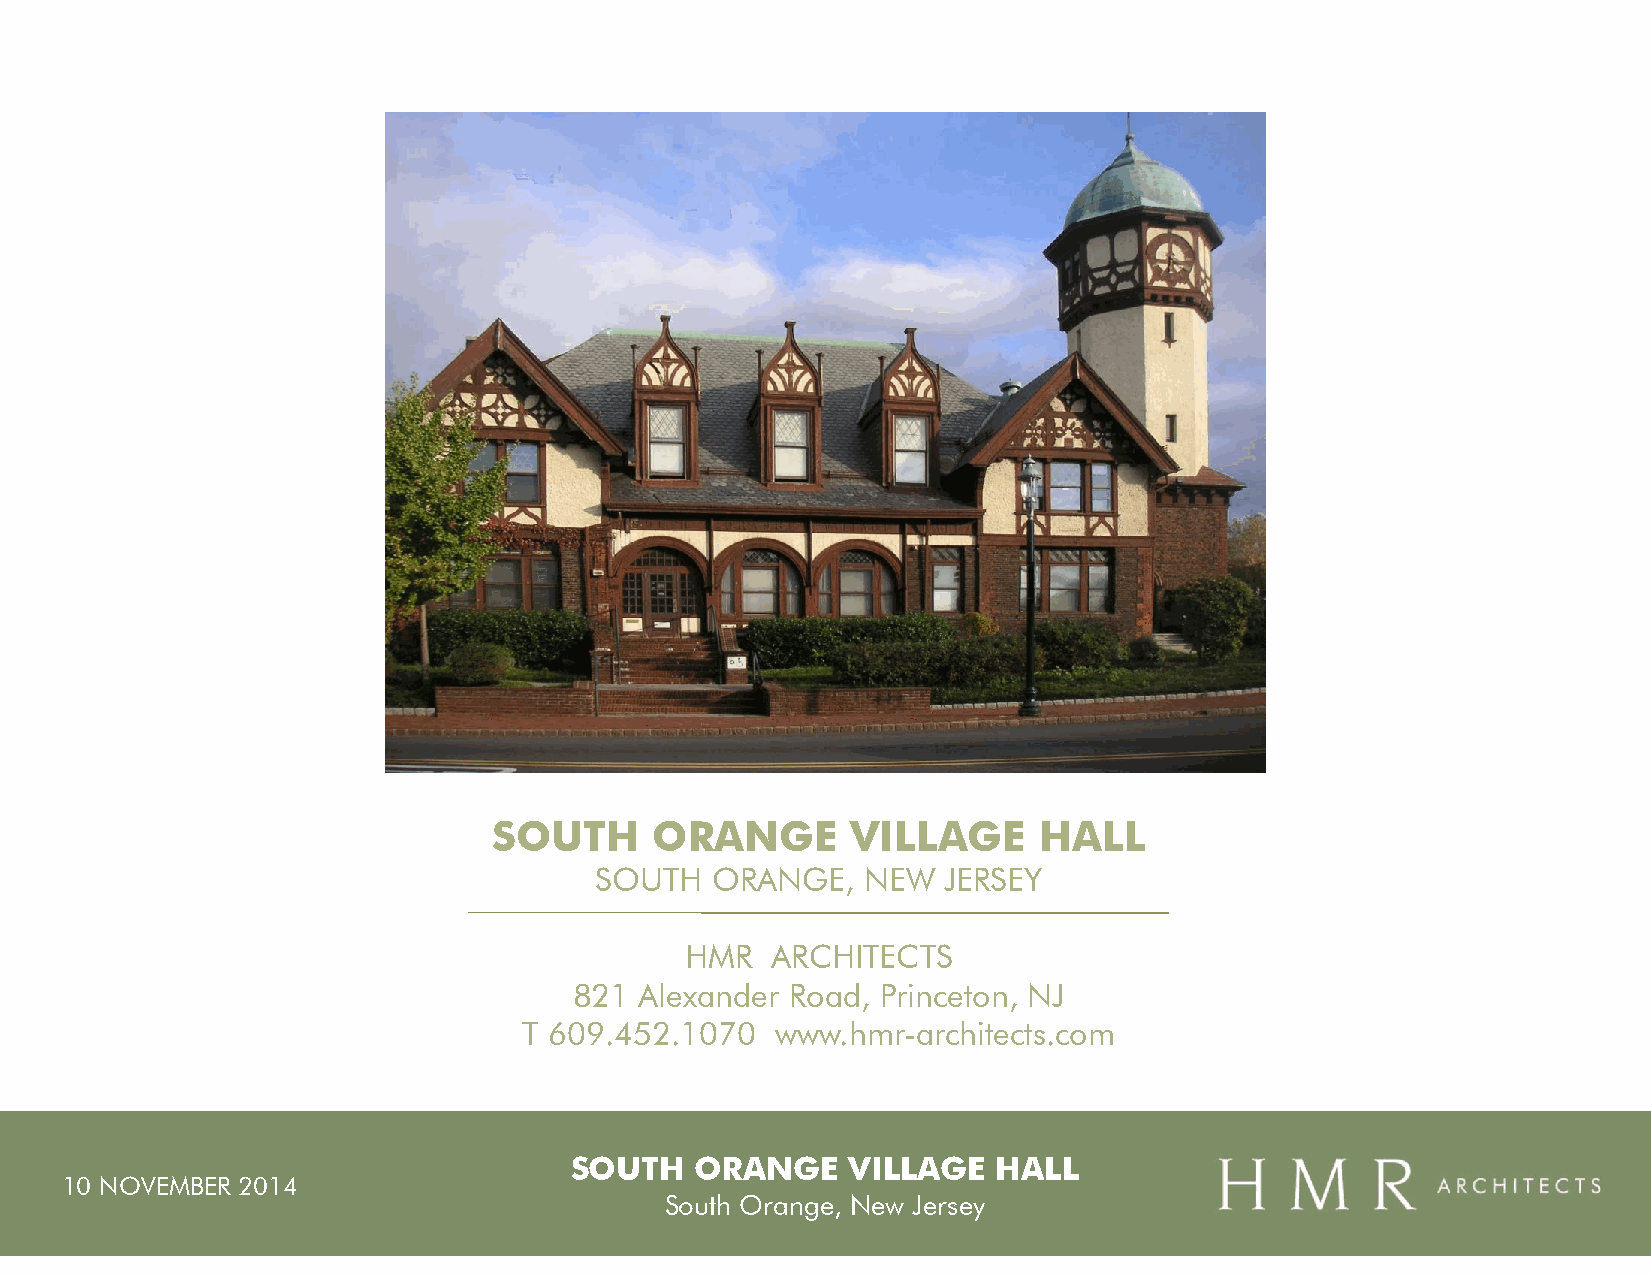
SOUTH     ORANGE       VILLAGE      HALL
 SOUTH   ORANGE,   NEW  JERSEY
 HMR   ARCHITECTS
 821 Alexander Road, Princeton, NJ
 T 609.452.1070  www.hmr-architects.com
 SOUTH   ORANGE    VILLAGE   HALL
 10 NOVEMBER 2014
 South Orange, New Jersey